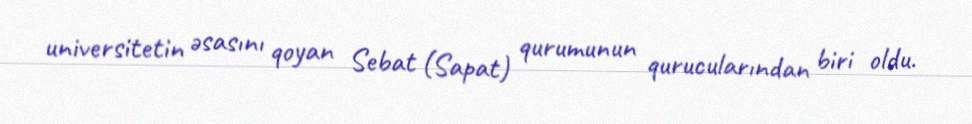
universitetin əsasını qoyan Sebat (Sapat) qurumunun qurucularından biri oldu.